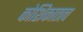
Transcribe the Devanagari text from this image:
कोशिकातत्व